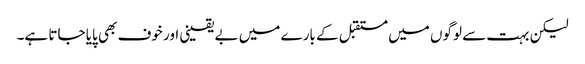
لیکن بہت سے لوگوں میں مستقبل کے بارے میں بے یقینی اور خوف بھی پایا جاتا ہے۔